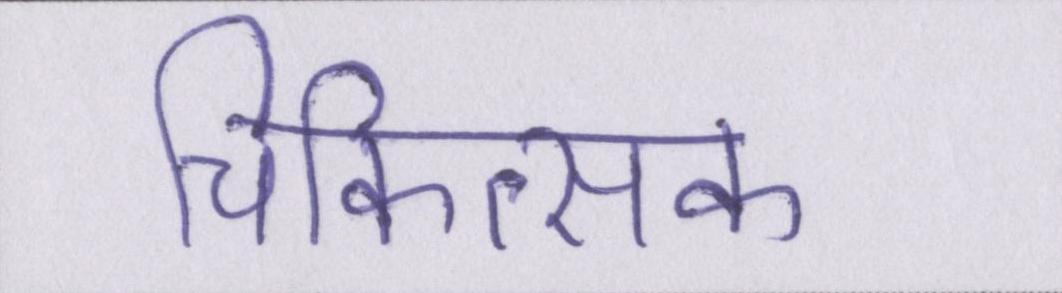
चिकित्सक